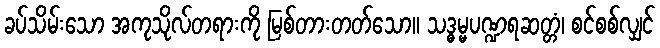
ခပ်သိမ်းသော အကုသိုလ်တရားကို မြစ်တားတတ်သော။ သဒ္ဓမ္မပဏ္ဍရဆတ္တံ၊ စင်စစ်လျှင်